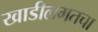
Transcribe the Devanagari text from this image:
खाडीलगतचा